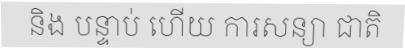
និង បន្ទាប់ ហើយ ការសន្យា ជាតិ